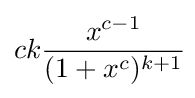
ck{\frac {x^{c-1}}{(1+x^{c})^{k+1}}}\!